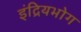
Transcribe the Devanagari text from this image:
इंद्रियभोग